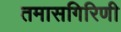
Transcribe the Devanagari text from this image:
तमासगिरिणी